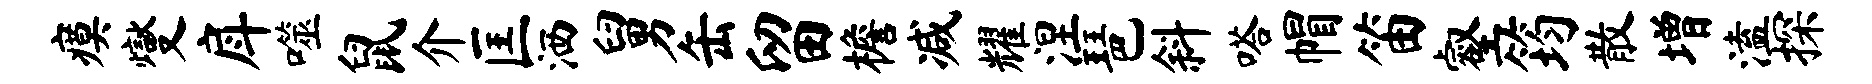
瘼燮戽噬鼠介匡洒舅缶留檐减耀涅琶斜嗒帽笛壑筠散增溘探